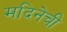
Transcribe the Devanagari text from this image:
मदिनेची